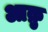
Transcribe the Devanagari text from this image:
आक्रु